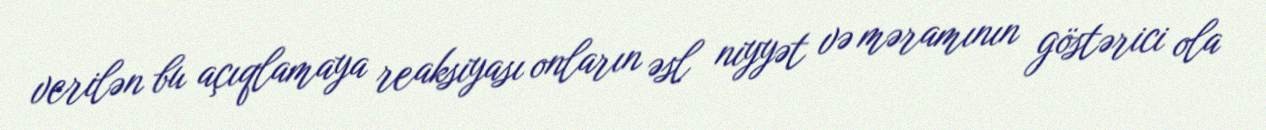
verilən bu açıqlamaya reaksiyası onların əsl niyyət və məramının göstərici ola